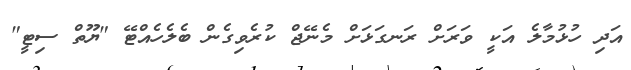
އަދި ހުޅުމާލެ އަކީ ވަރަށް ރަނގަޅަށް މެނޭޖް ކުރެވިގެން ބެލެހެއްޓޭ "ޔޫތް ސިޓީ"